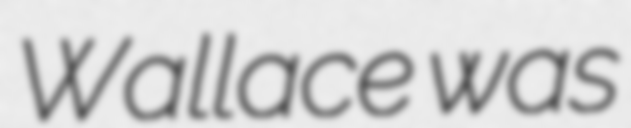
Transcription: Wallace was